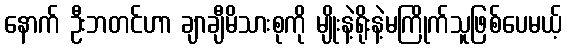
နောက် ဦးဘတင်ဟာ ချာချီမိသားစုကို မျိုးနဲ့ရိုးနဲ့မကြိုက်သူဖြစ်ပေမယ့်